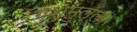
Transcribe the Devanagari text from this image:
गुशमुल्ला